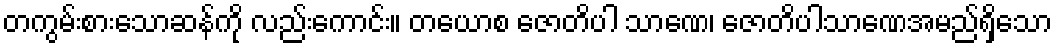
တကွမ်းစားသောဆန်ကို လည်းကောင်း။ တယောစ ဇောတိပါ သာဏေ၊ ဇောတိပါသာဏေအမည်ရှိသော